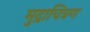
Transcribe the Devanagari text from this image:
मुद्राचित्रण